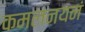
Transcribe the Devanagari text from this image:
कमलनयनं